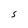
Character: S